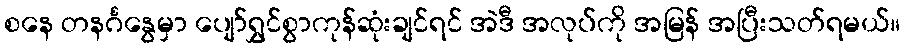
စနေ တနင်္ဂနွေမှာ ပျော်ရွှင်စွာကုန်ဆုံးချင်ရင် အဲဒီ အလုပ်ကို အမြန် အပြီးသတ်ရမယ်။